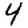
Digit: 4